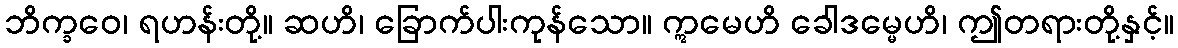
ဘိက္ခဝေ၊ ရဟန်းတို့။ ဆဟိ၊ ခြောက်ပါးကုန်သော။ ဣမေဟိ ခေါဒမ္မေဟိ၊ ဤတရားတို့နှင့်။